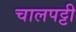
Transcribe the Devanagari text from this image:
चालपट्टी